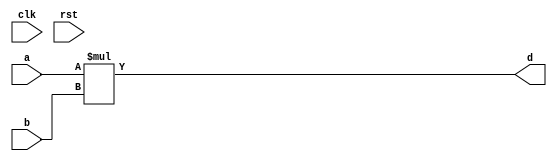
module conf_int_mul__noFF__arch_agnos( clk, rst, a, b, d
 );

//--- parameters
//parameter BT_RND = 0
parameter OP_BITWIDTH = 16; //operator bit width
parameter DATA_PATH_BITWIDTH = 16; //flip flop Bit width

//--- input,outputs
input clk;
input rst;
input [DATA_PATH_BITWIDTH -1:0] a;
input [DATA_PATH_BITWIDTH-1:0] b;
output [DATA_PATH_BITWIDTH-1:0] d;


//--- no flop design
assign  d = (a * b);

endmodule


module conf_int_mul__noFF__arch_agnos__w_wrapper( clk, rst, a, b, d
);

//--- parameters
//parameter BT_RND = 0
parameter OP_BITWIDTH = 16; //operator bit width
parameter DATA_PATH_BITWIDTH = 16; //flip flop Bit width


//--- input,outputs
input [DATA_PATH_BITWIDTH -1:0] a;
input [DATA_PATH_BITWIDTH-1:0] b;
output [DATA_PATH_BITWIDTH-1:0] d;
input clk;
input rst;

conf_int_mul__noFF__arch_agnos #(DATA_PATH_BITWIDTH, OP_BITWIDTH) mul(.clk(clk), .rst(rst), .a(a), .b(b), 
    .d(d));

endmodule